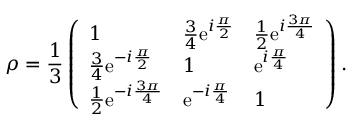
\rho = \frac { 1 } { 3 } \left( \begin{array} { l l l } { 1 } & { \frac { 3 } { 4 } \mathrm { e } ^ { i \frac { \pi } { 2 } } } & { \frac { 1 } { 2 } \mathrm { e } ^ { i \frac { 3 \pi } { 4 } } } \\ { \frac { 3 } { 4 } \mathrm { e } ^ { - i \frac { \pi } { 2 } } } & { 1 } & { \mathrm { e } ^ { i \frac { \pi } { 4 } } } \\ { \frac { 1 } { 2 } \mathrm { e } ^ { - i \frac { 3 \pi } { 4 } } } & { \mathrm { e } ^ { - i \frac { \pi } { 4 } } } & { 1 } \end{array} \right) .